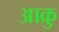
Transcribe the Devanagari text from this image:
आक्रु